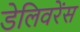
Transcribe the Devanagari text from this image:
डेलिवरेंस